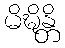
မိဍ္ဎိန္တိ